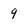
Character: 9